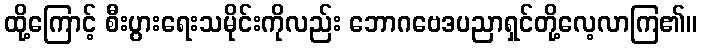
ထို့ကြောင့် စီးပွားရေးသမိုင်းကိုလည်း ဘောဂဗေဒပညာရှင်တို့လေ့လာကြ၏။